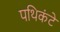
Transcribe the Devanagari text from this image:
पथिकंटे